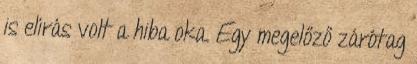
is elírás volt a hiba oka. Egy megelőző zárótag